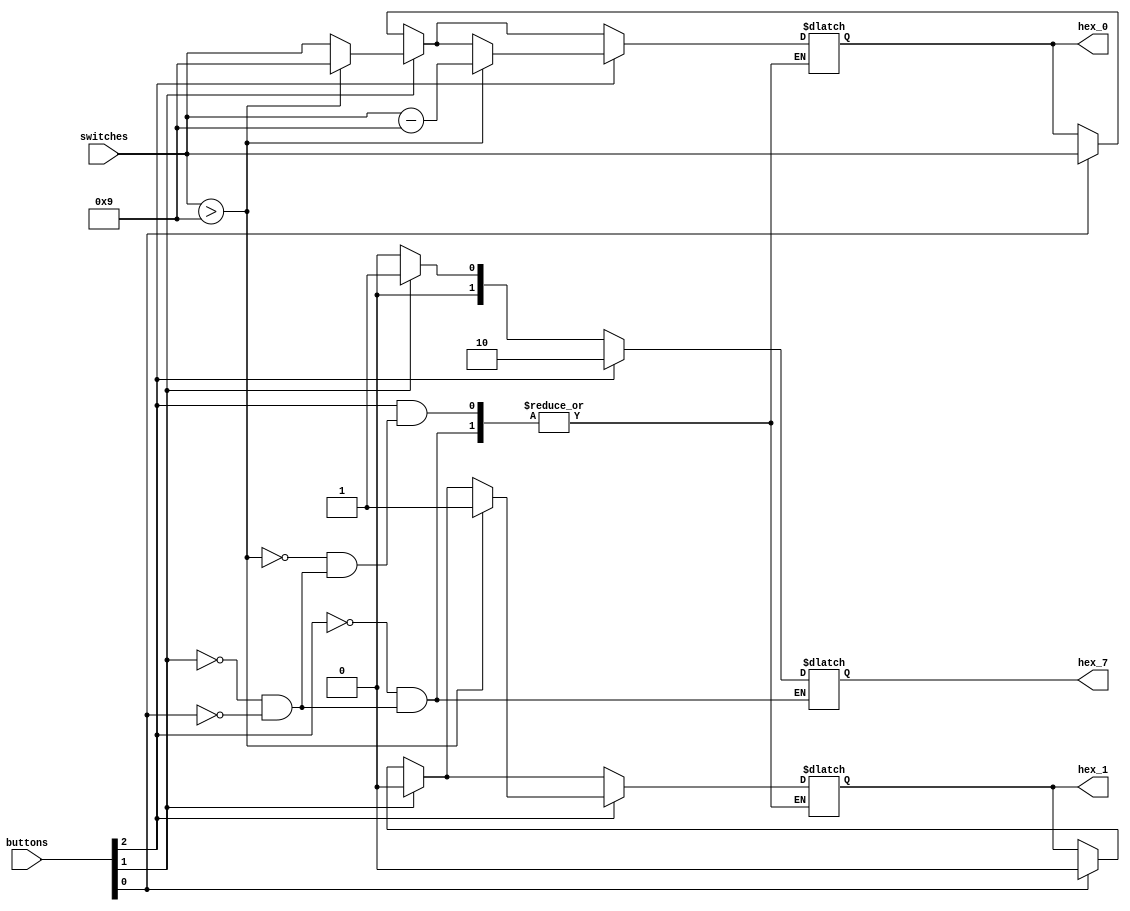
module multi_code_converter(switches, buttons, hex_0, hex_1, hex_7);
  input [3:0] switches;
  input [2:0] buttons;
  output reg [3:0] hex_0;
  output reg hex_1;
  output reg [1:0] hex_7;

  always@(*) begin
    if (buttons[0] == 4'h1) begin
      hex_7 <= 4'h0;
      hex_1 <= 4'h0;
      hex_0 <= switches;
    end
    if (buttons[1] == 4'h1) begin
      hex_7 <= 4'h1;
      hex_1 <= 4'h0;
      if (switches > 4'h9)
        hex_0 <= 4'h9;
      else
        hex_0 <= switches;
    end
    if (buttons[2] == 4'h1) begin
      hex_7 <= 2;
      if (switches > 4'h9) begin
        hex_1 <= 4'h1;
        hex_0 <= switches - 4'h9;
      end
    end
  end

endmodule